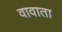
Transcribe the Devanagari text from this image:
वावाता